Code of medical and sanitary regulations for the guidance of medical officers serving in the Madras Presidency - Volume II
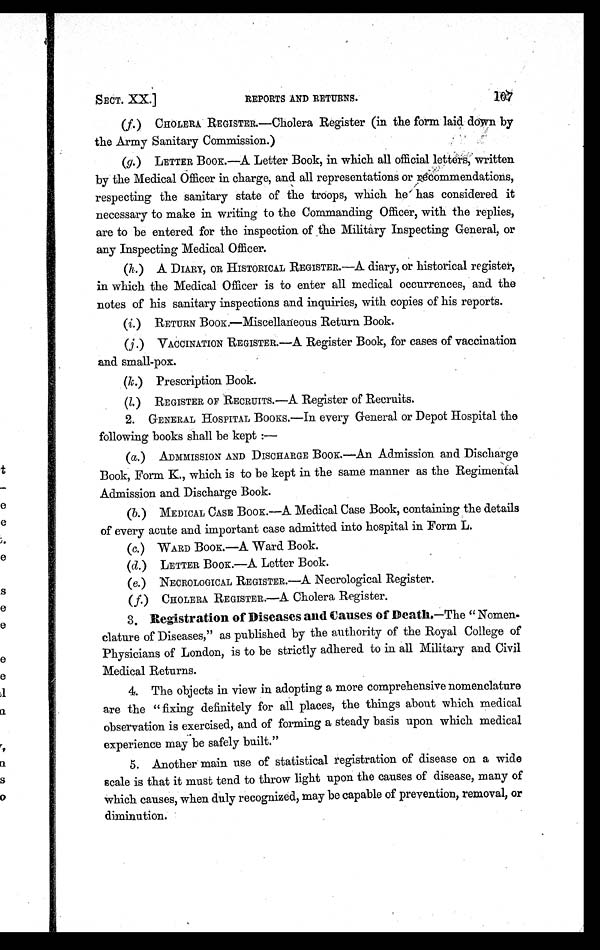
SECT. XX.]
REPORTS AND RETURNS. 1 0 7
(f.) CHOLERA REGISTER.—Cholera Register (in the form laid down by
the Army Sanitary Commission.)
(g.) LETTER BOOK.—A Letter Book, in which all official lett ers, written
by the Medical Officer in charge, and all representations or re commendations,
respecting the sanitary state of the troops, which he has considered it
necessary to make in writing to the Commanding Officer, with the replies,
are to be entered for the inspection of the Military Inspecting General, or
any Inspecting Medical Officer.
(h.) A DIARY, OR HISTORICAL REGISTER.—A diary, or historical register,
in which the Medical Officer is to enter all medical occurrences, and the
notes of his sanitary inspections and inquiries, with copies of his reports.
(i.)
RETURN BOOK.—Miscellaneous Return Book.
(j.) VACCINATION REGISTER.—A Register Book, for cases of vaccination
and small-pox.
(k.) Prescription Book.
(l. ) REGISTER OF RECRUITS.—A Register of Recruits.
2. GENERAL HOSPITAL BOOKS.—In every General or Depot Hospital the
following books shall be kept :—
(a.) ADMMISSION AND DISCHARGE BOOK.—An Admission and Discharge
Book, Form K., which is to be kept in the same manner as the Regimental
Admission and Discharge Book.
(b.) MEDICAL CASE BOOK.—A Medical Case Book, containing the details
of every acute and important case admitted into hospital in Form L.
(c.) WARD BOOK.—A Ward Book.
(d.) LETTER BOOK.—A Letter Book.
(e.) NECROLOGICAL REGISTER
.—A Necrological Register.
(f.) CHOLERA REGISTER
.—A Cholera Register.
3. Registration of Diseases and Causes of Death. —The "Nomen
-clature of Diseases," as published by the authority of the Royal College of
Physicians of London, is to be strictly adhered to in all Military and Civil
Medical Returns.
4. The objects in view in adopting a more comprehensive nomenclature
are the "fixing definitely for all places, the things about which medical
observation is exercised, and of forming a steady basis upon which medical
experience may be safely built,"
5. Another main use of statistical registration of disease on a wide
scale is that it must tend to throw light upon the causes of disease, many of
which causes, when duly recognized, may be capable of prevention, removal, or
diminution.